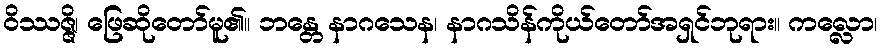
ဝိဿဇ္ဇိ၊ ဖြေဆိုတော်မူ၏။ ဘန္တေ နာဂသေန၊ နာဂသိန်ကိုယ်တော်အရှင်ဘုရား။ ကလ္လော၊